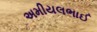
અમીયલભાઈ